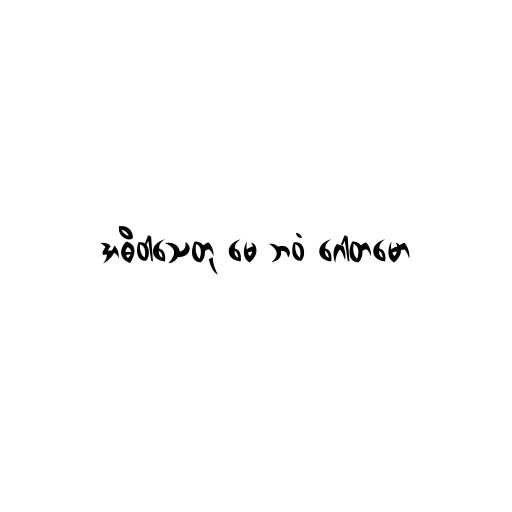
အဓိဝါသေတု မေ ဘဝံ ဂေါတမော